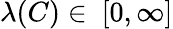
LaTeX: \lambda(C)\in\ [0,\infty]